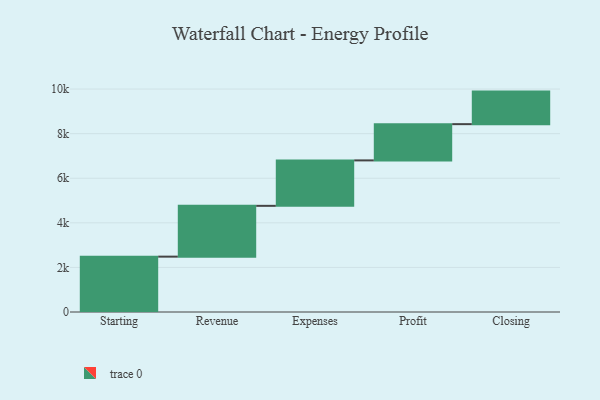
{"axis": {"x": "Step", "y": "Value"}, "legend": [""], "data": [{"x": "Starting", "y": 2483.0, "type": ""}, {"x": "Revenue", "y": 2279.0, "type": ""}, {"x": "Expenses", "y": 2038.0, "type": ""}, {"x": "Profit", "y": 1626.0, "type": ""}, {"x": "Closing", "y": 1460.0, "type": ""}]}